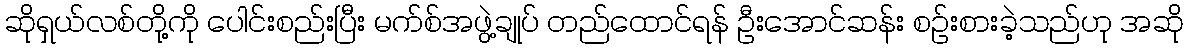
ဆိုရှယ်လစ်တို့ကို ပေါင်းစည်းပြီး မက်စ်အဖွဲ့ချုပ် တည်ထောင်ရန် ဦးအောင်ဆန်း စဉ်းစားခဲ့သည်ဟု အဆို